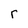
Character: r